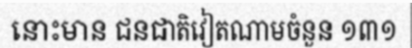
នោះមាន ជនជាតិវៀតណាមចំនួន ១៣១